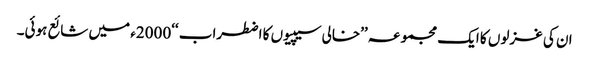
ان کی غزلوں کا ایک مجموعہ ’’خالی سیپیوں کا اضطراب ‘‘2000ء میں شائع ہوئی۔